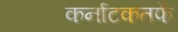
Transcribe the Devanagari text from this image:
कर्नाटकतर्फे